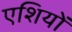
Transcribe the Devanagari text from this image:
एशियों